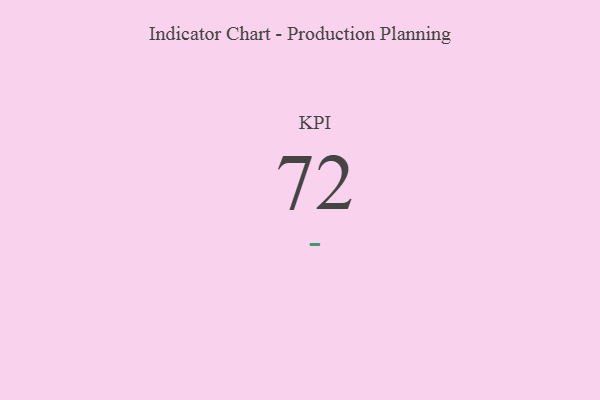
{"axis": {"x": "KPI", "y": "Value"}, "legend": [""], "data": [{"x": "KPI", "y": 72, "type": ""}]}